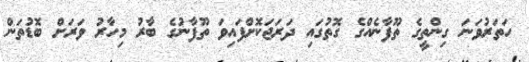
ހަތަރުވަނަ ގިންތީގެ ތޫފާނެއްގެ ގޮތުގައި ދަރަޖަކޮށްފައިވަ ތޫފާނުގެ ބާރު މިހާރު ވަރަށް ބޮޑުތަން